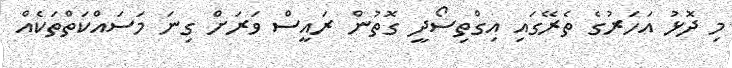
މި ދޮޅު އަހަރުގެ ތެރޭގައި އިގްތިސޯދީ ގޮތުން ރައީސް ވަރަށް ގިނަ މަސައްކަތްތަކެއް